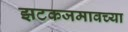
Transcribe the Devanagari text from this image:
झटकजमावच्या